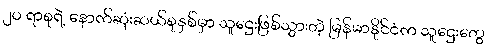
၂၀ ရာစုရဲ့ နောက်ဆုံးဆယ်စုနှစ်မှာ သူဌေးဖြစ်သွားတဲ့ မြန်မာနိုင်ငံက သူဌေးတွေ